Mental hospitals Bombay report 1921-28 - 1921-1928
Year: 1921
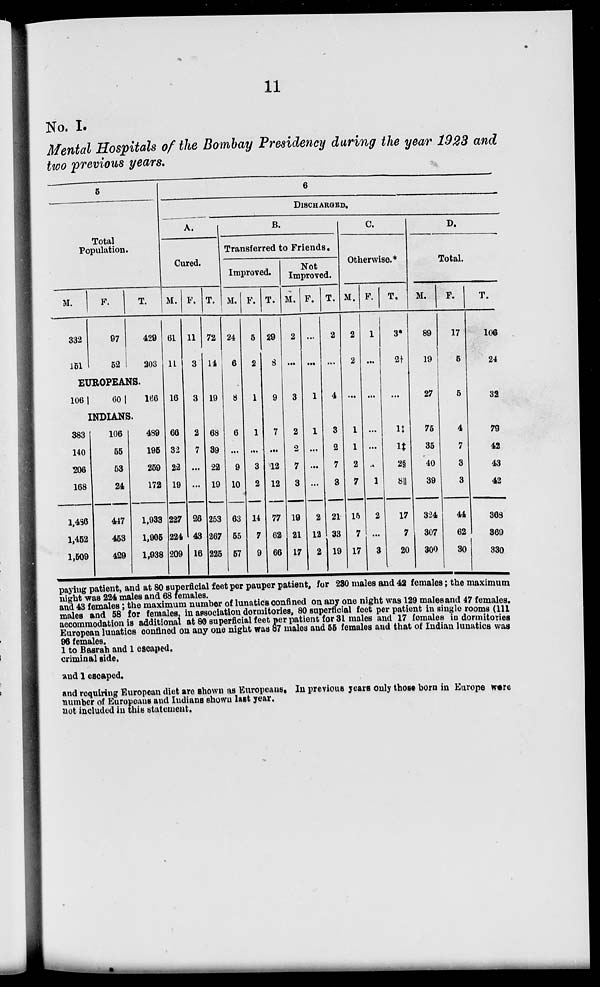
11
No. I.
Mental Hospitals of the Bombay Presidency during the year 1923 and
two previous years.
5
Total
Population.
M.
332
151
F.
97
52
T.
429
203
EUROPEANS.
106
60
166
INDIANS.
383
140
206
168
1,486
1,452
1,509
106
55
53
24
447
453
429
489
195
259
172
1,933
1,905
1,938
6
DISCHARGED.
A.
Cured.
M.
61
11
16
66
32
22
19
227
224
209
F.
11
3
3
2
7
...
...
26
43
16
T.
72
14
19
68
39
22
19
253
267
225
B.
Transferred to Friends.
Improved.
M.
24
6
8
6
...
9
10
63
55
57
F.
5
2
1
1
...
3
2
14
7
9
T.
29
8
9
7
...
12
12
77
62
66
Not
Improved.
M.
2
...
3
2
2
7
3
19
21
17
F.
...
...
1
1
...
...
...
2
12
2
T.
2
...
4
3
2
7
3
21
33
19
C.
Otherwise.*
M.
2
2
...
1
1
2
7
15
7
17
F.
1
...
...
...
...
...
1
2
...
3
T.
3*
2†
...
1‡
1‡
2§
8║
17
7
20
D.
Total.
M.
89
19
27
75
35
40
39
324
307
300
F.
17
5
5
4
7
3
3
44
62
30
T.
106
24
32
79
42
43
42
368
369
330
paying patient, and at 80 superficial feet per pauper patient, for 230 males and 42 females ; the maximum
night was 224 males and 68 females.
and 43 females ; the maximum number of lunatics confined on any one night was 129 males and 47 females.
males and 58 for females, in association dormitories, 80 superficial feet per patient in single rooms (111
accommodation is additional at 80 superficial feet per patient for 31 males and 17 females in dormitories
European lunatics confined on any one night was 87 males and 55 females and that of Indian lunatics was
96 females.
1 to Basrah and 1 escaped.
criminal side.
and 1 escaped.
and requiring European diet are shown as Europeans. In previous years only those born in Europe were
number of Europeans and Indians shown last year.
not included in this statement.